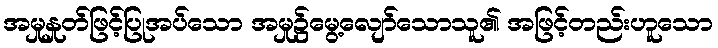
အမှုနှုတ်ဖြင့်ပြုအပ်သော အမှု၌မွေ့လျော်သောသူ၏ အဖြင့်တည်းဟူသော